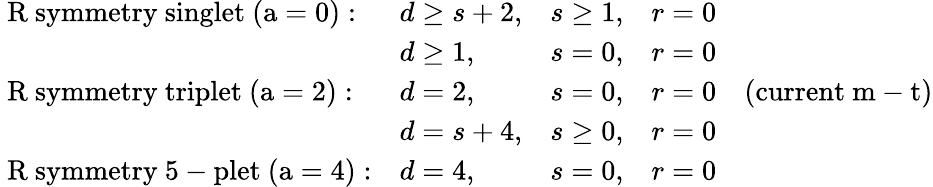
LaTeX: \begin{array}{llll}{{\mathrm{~R~symmetry~singlet~(a=0):}}}&{{d\geq s+2,}}&{{s\geq 1,}}&{{r=0}}\\ {{}}&{{d\geq 1,}}&{{s=0,}}&{{r=0}}\\ {{\mathrm{~R~symmetry~triplet~(a=2):}}}&{{d=2,}}&{{s=0,}}&{{r=0\quad\mathrm{(current~m-t)}}}\\ {{}}&{{d=s+4,}}&{{s\geq 0,}}&{{r=0}}\\ {{\mathrm{~R~symmetry~5-plet~(a=4):}}}&{{d=4,}}&{{s=0,}}&{{r=0}}\end{array}